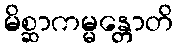
မိစ္ဆာကမ္မန္တောတိ